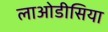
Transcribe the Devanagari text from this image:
लाओडीसिया